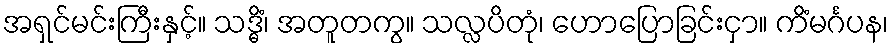
အရှင်မင်းကြီးနှင့်။ သဒ္ဓိံ၊ အတူတကွ။ သလ္လပိတုံ၊ ဟောပြောခြင်းငှာ။ ကိံမင်္ဂပန၊